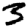
Digit: 3